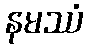
နမဿံ